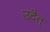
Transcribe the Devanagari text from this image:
उदैत्